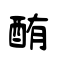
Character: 酭